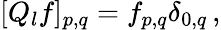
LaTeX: \begin{array}{r}{[Q_{l}f]_{p,q}=f_{p,q}\delta_{0,q}\, ,}\end{array}